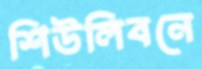
শিউলিবনে